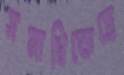
সমাধিক্ষেত্রে